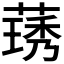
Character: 𬝽